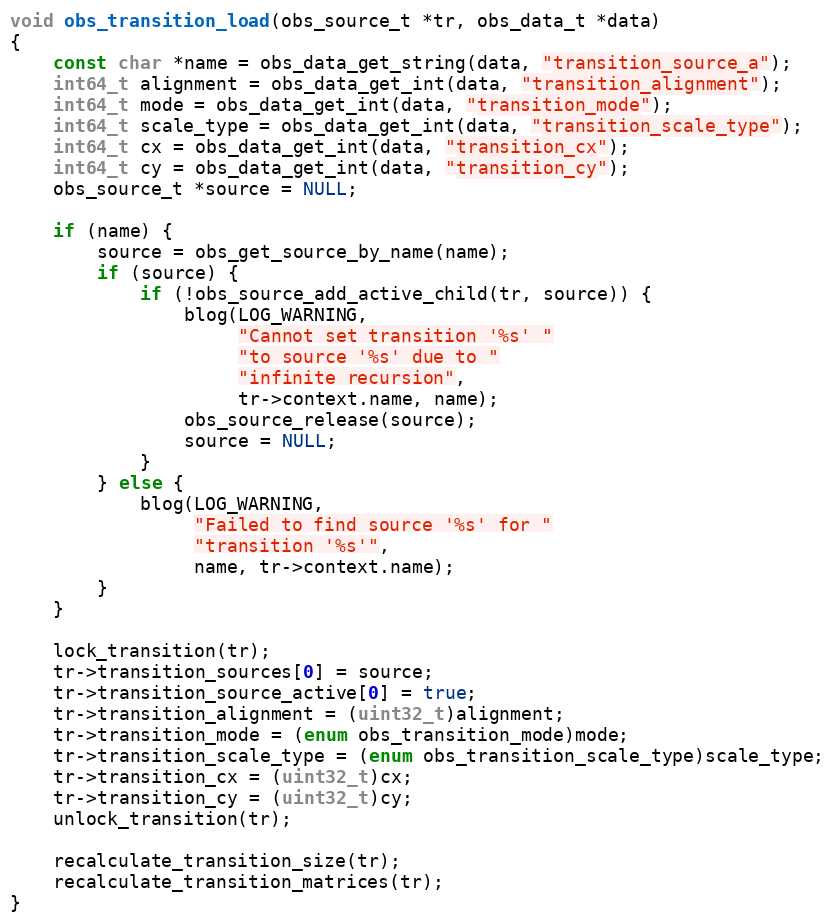
Language: C
void obs_transition_load(obs_source_t *tr, obs_data_t *data)
{
	const char *name = obs_data_get_string(data, "transition_source_a");
	int64_t alignment = obs_data_get_int(data, "transition_alignment");
	int64_t mode = obs_data_get_int(data, "transition_mode");
	int64_t scale_type = obs_data_get_int(data, "transition_scale_type");
	int64_t cx = obs_data_get_int(data, "transition_cx");
	int64_t cy = obs_data_get_int(data, "transition_cy");
	obs_source_t *source = NULL;

	if (name) {
		source = obs_get_source_by_name(name);
		if (source) {
			if (!obs_source_add_active_child(tr, source)) {
				blog(LOG_WARNING,
				     "Cannot set transition '%s' "
				     "to source '%s' due to "
				     "infinite recursion",
				     tr->context.name, name);
				obs_source_release(source);
				source = NULL;
			}
		} else {
			blog(LOG_WARNING,
			     "Failed to find source '%s' for "
			     "transition '%s'",
			     name, tr->context.name);
		}
	}

	lock_transition(tr);
	tr->transition_sources[0] = source;
	tr->transition_source_active[0] = true;
	tr->transition_alignment = (uint32_t)alignment;
	tr->transition_mode = (enum obs_transition_mode)mode;
	tr->transition_scale_type = (enum obs_transition_scale_type)scale_type;
	tr->transition_cx = (uint32_t)cx;
	tr->transition_cy = (uint32_t)cy;
	unlock_transition(tr);

	recalculate_transition_size(tr);
	recalculate_transition_matrices(tr);
}